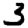
Digit: 3